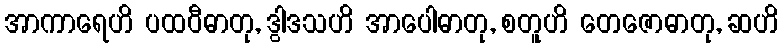
အာကာရေဟိ ပထဝီဓာတု, ဒွါဒသဟိ အာပေါဓာတု, စတူဟိ တေဇောဓာတု, ဆဟိ